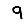
Digit: 9